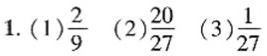
1. (1) $\frac{2}{9}$ (2) $\frac{20}{27}$ (3) $\frac{1}{27}$